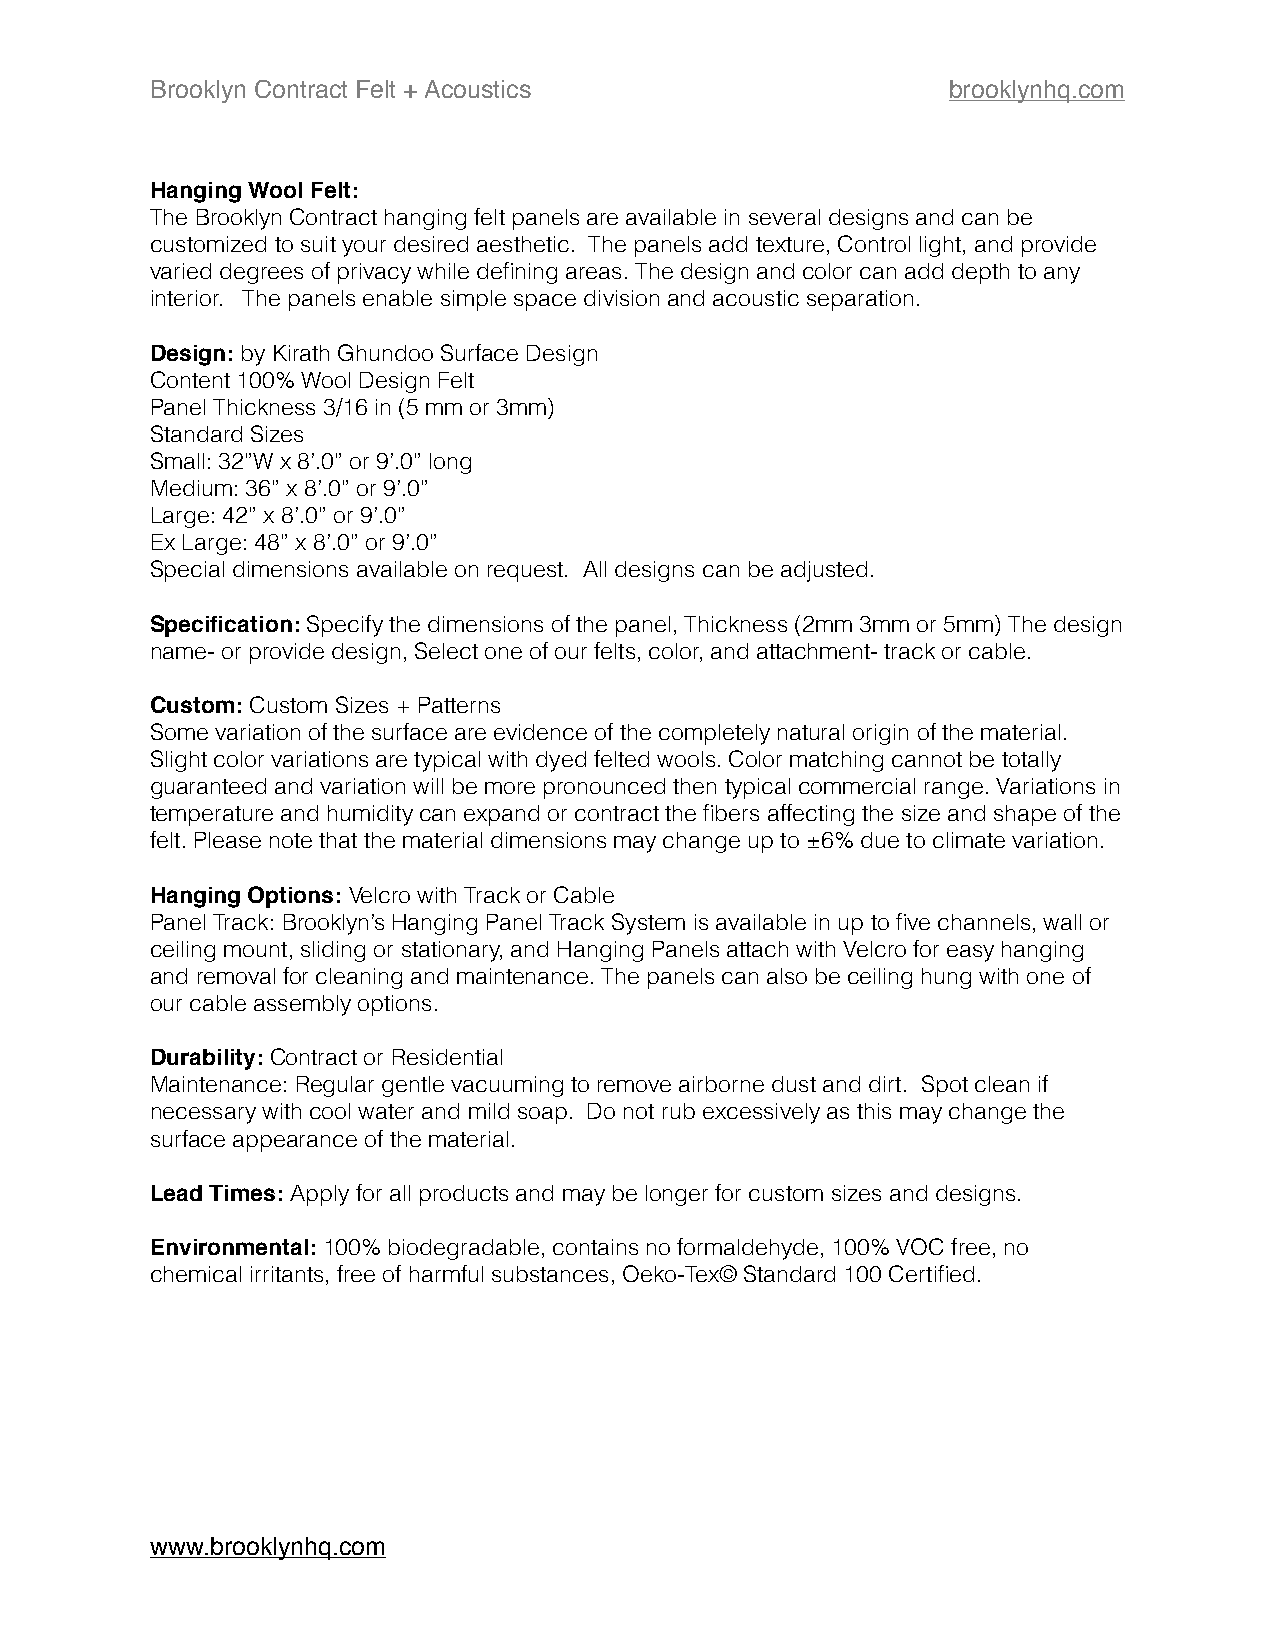
Brooklyn Contract Felt + Acoustics                   brooklynhq.com
 Hanging Wool Felt:
 The Brooklyn Contract hanging felt panels are available in several designs and can be
 customized to suit your desired aesthetic. The panels add texture, Control light, and provide
 varied degrees of privacy while defining areas. The design and color can add depth to any
 interior. The panels enable simple space division and acoustic separation.
 Design: by Kirath Ghundoo Surface Design
 Content 100% Wool Design Felt
 Panel Thickness 3/16 in (5 mm or 3mm)
 Standard Sizes
 Small: 32”W x 8’.0” or 9’.0” long
 Medium: 36” x 8’.0” or 9’.0”
 Large: 42” x 8’.0” or 9’.0”
 Ex Large: 48” x 8’.0” or 9’.0”
 Special dimensions available on request. All designs can be adjusted.
 Specification: Specify the dimensions of the panel, Thickness (2mm 3mm or 5mm) The design
 name- or provide design, Select one of our felts, color, and attachment- track or cable.
 Custom: Custom Sizes + Patterns
 Some variation of the surface are evidence of the completely natural origin of the material.
 Slight color variations are typical with dyed felted wools. Color matching cannot be totally
 guaranteed and variation will be more pronounced then typical commercial range. Variations in
 temperature and humidity can expand or contract the fibers affecting the size and shape of the
 felt. Please note that the material dimensions may change up to ±6% due to climate variation.
 Hanging Options: Velcro with Track or Cable
 Panel Track: Brooklyn’s Hanging Panel Track System is available in up to five channels, wall or
 ceiling mount, sliding or stationary, and Hanging Panels attach with Velcro for easy hanging
 and removal for cleaning and maintenance. The panels can also be ceiling hung with one of
 our cable assembly options.
 Durability: Contract or Residential
 Maintenance: Regular gentle vacuuming to remove airborne dust and dirt. Spot clean if
 necessary with cool water and mild soap. Do not rub excessively as this may change the
 surface appearance of the material.
 Lead Times: Apply for all products and may be longer for custom sizes and designs.
 Environmental: 100% biodegradable, contains no formaldehyde, 100% VOC free, no
 chemical irritants, free of harmful substances, Oeko-Tex© Standard 100 Certified.
 www.brooklynhq.com